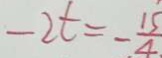
- 2 t = - \frac { 1 5 } { 4 }